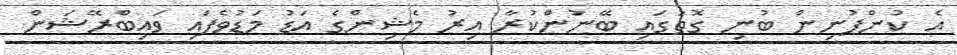
އެ ކުންފުނިން ބުނި ގޮތުގައި ބޭނުންކުރާ އިރު މެޝިންގެ އަޑު މަޑުވެފައި ވައިބްރޭޝަން